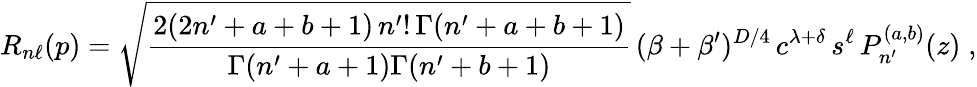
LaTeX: R_{n\ell}(p)=\sqrt{\frac{2(2n^{\prime}+a+b+1)\, n^{\prime}!\, \Gamma(n^{\prime}+a+b+1)}{\Gamma(n^{\prime}+a+1)\Gamma(n^{\prime}+b+1)}}\, (\beta+\beta^{\prime})^{D/4}\, c^{\lambda+\delta}\, s^{\ell}\, P_{n^{\prime}}^{(a,b)}(z)\; ,